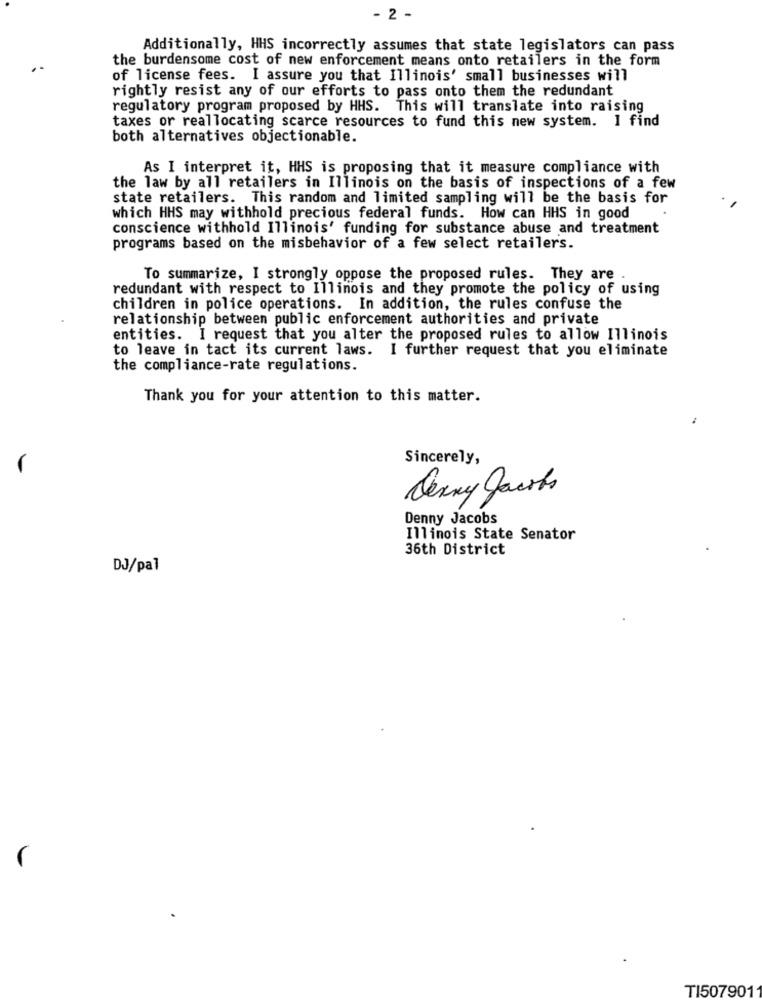
- 2 -
Additionally, HHS incorrectly assumes that state legislators can pass
the burdensome cost of new enforcement means onto retailers in the form
of license fees. I assure you that Illinois' small businesses will
rightly resist any of our efforts to pass onto them the redundant
regulatory program proposed by HHS. This will translate into raising
taxes or reallocating scarce resources to fund this new system. 1 find
both alternatives objectionable.
As I interpret it, HHS is proposing that it measure compliance with
the law by all retailers in Illinois on the basis of inspections of a few
state retailers. This random and limited sampling will be the basis for
which HHS may withhold precious federal funds. How can HHS in good
conscience withhold Illinois' funding for substance abuse and treatment
programs based on the misbehavior of a few select retailers.
To summarize, I strongly oppose the proposed rules. They are
redundant with respect to Illinois and they promote the policy of using
children in police operations. In addition, the rules confuse the
relationship between public enforcement authorities and private
entities. I request that you alter the proposed rules to allow Illinois
to leave in tact its current laws. I further request that you eliminate
the compliance-rate regulations.
Thank you for your attention to this matter.
Sincerely,
Denny Jacobs
Denny Jacobs
Illinois State Senator
36th District
DJ/pal
TI5079011